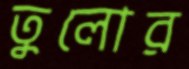
তুলোর